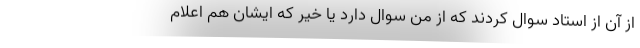
از آن از استاد سوال کردند که از من سوال دارد یا خیر که ایشان هم اعلام